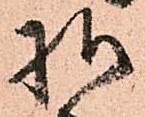
様